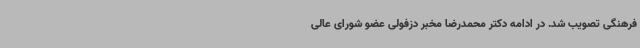
فرهنگی تصویب شد. در ادامه دکتر محمدرضا مخبر دزفولی عضو شورای عالی